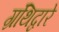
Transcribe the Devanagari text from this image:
ग्रंथिद्वारे